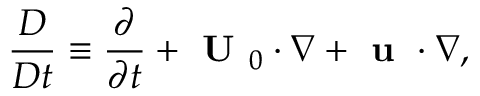
\frac { D } { D t } \equiv \frac { \partial } { \partial t } + \textbf { U } _ { 0 } \cdot \nabla + \textbf { u } \cdot \nabla ,